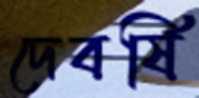
দেবর্ষি